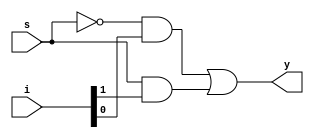
module mux2to1_str(i,s,y
    );
	 input s;
	 input [1:0]i;
	 output y;
	 wire w1,w2,w3;
	 //y=s'i0+si1;
	 not i1(w1,s);
	 and i2(w2,w1,i[0]);
	 and i3(w3,s,i[1]);
	 or i4(y,w2,w3);
endmodule
module mux2to1_str_tb;

	// Inputs
	reg [1:0]i;
	reg s;

	// Outputs
	wire y;

	// Instantiate the Design Under Test (DUT)
	mux2to1_str dut (i,s,y
	);

	initial begin
		// Initialize Inputs
		s=1'b0;i=2'b10;#100;
		s=1'b0;i=2'b01;#100;
		s=1'b1;i=2'b10;#100;
		s=1'b1;i=2'b01;#100;

	end
      
endmodule